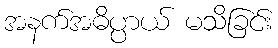
အနက်အဓိပ္ပာယ် မသိခြင်း